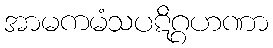
အာမကမံသပဋိဂ္ဂဟဏာ